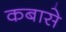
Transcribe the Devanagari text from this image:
कबासे